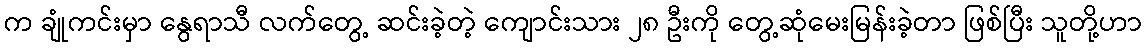
က ချုံကင်းမှာ နွေရာသီ လက်တွေ့ ဆင်းခဲ့တဲ့ ကျောင်းသား ၂၈ ဦးကို တွေ့ဆုံမေးမြန်းခဲ့တာ ဖြစ်ပြီး သူတို့ဟာ